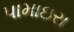
પામાઇરા